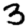
Digit: 3